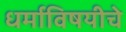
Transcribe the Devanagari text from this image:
धर्माविषयीचे